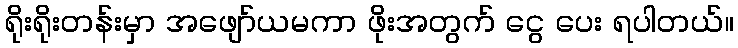
ရိုးရိုးတန်းမှာ အဖျော်ယမကာ ဖိုးအတွက် ငွေ ပေး ရပါတယ်။